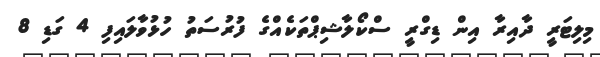
މިލިޓަރީ ދާއިރާ އިން ޑިގްރީ ސްކޯލާޝިޕްތަކެއްގެ ފުރުސަތު ހުޅުވާލައިފި 4 ގަޑި 8